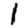
Digit: 1